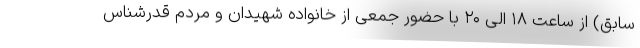
سابق) از ساعت ۱۸ الی ۲۰ با حضور جمعی از خانواده شهیدان و مردم قدرشناس